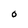
Character: 0